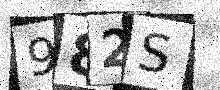
Text: 982S